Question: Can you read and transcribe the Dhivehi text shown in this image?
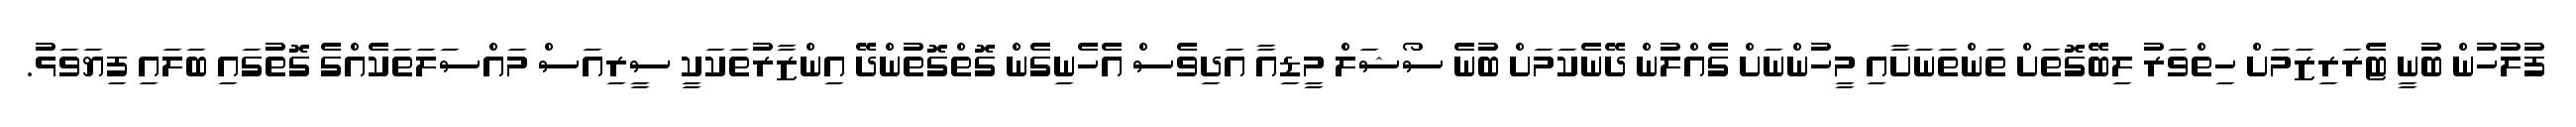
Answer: ފުލުހުން ބުނީ ޓެރަރިޒަމަށް ހިތްވަރު ލިބޭގޮތަށް ތަންތަނަށާއި މީހުންނަށް ގެއްލުން ދޭނެކަމަށް ބުނެ ސޯޝަލް މީޑިއާ އަދިވެސް އެހެނިގެން ގޮތްގޮތުންދޭ އިންޒާރުތަކަކީ ސީރިއަސް މައްސަލަތަކެއްގެ ގޮތުގައި ބަލައި ފިޔަވަޅު.